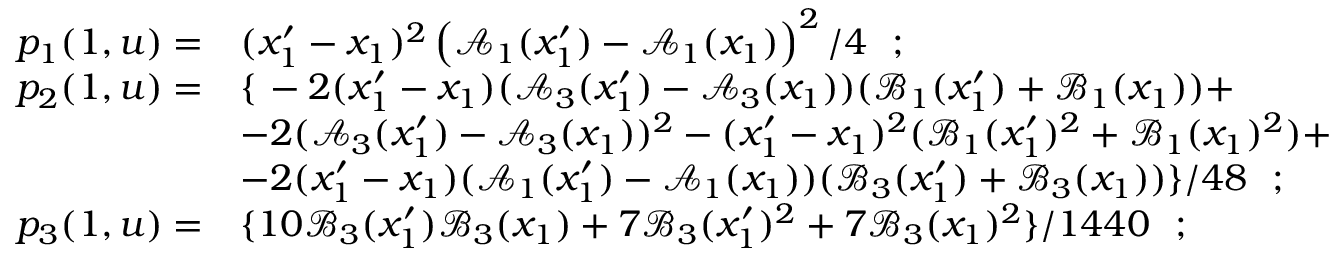
\begin{array} { r l } { p _ { 1 } ( 1 , \boldsymbol { u } ) = } & { ( x _ { 1 } ^ { \prime } - x _ { 1 } ) ^ { 2 } \left( \mathcal { A } _ { 1 } ( x _ { 1 } ^ { \prime } ) - \mathcal { A } _ { 1 } ( x _ { 1 } ) \right) ^ { 2 } / 4 \ \ ; } \\ { p _ { 2 } ( 1 , \boldsymbol { u } ) = } & { \left\{ \right. - 2 ( x _ { 1 } ^ { \prime } - x _ { 1 } ) ( \mathcal { A } _ { 3 } ( x _ { 1 } ^ { \prime } ) - \mathcal { A } _ { 3 } ( x _ { 1 } ) ) ( \mathcal { B } _ { 1 } ( x _ { 1 } ^ { \prime } ) + \mathcal { B } _ { 1 } ( x _ { 1 } ) ) + } \\ & { - 2 ( \mathcal { A } _ { 3 } ( x _ { 1 } ^ { \prime } ) - \mathcal { A } _ { 3 } ( x _ { 1 } ) ) ^ { 2 } - ( x _ { 1 } ^ { \prime } - x _ { 1 } ) ^ { 2 } ( \mathcal { B } _ { 1 } ( x _ { 1 } ^ { \prime } ) ^ { 2 } + \mathcal { B } _ { 1 } ( x _ { 1 } ) ^ { 2 } ) + } \\ & { - 2 ( x _ { 1 } ^ { \prime } - x _ { 1 } ) ( \mathcal { A } _ { 1 } ( x _ { 1 } ^ { \prime } ) - \mathcal { A } _ { 1 } ( x _ { 1 } ) ) ( \mathcal { B } _ { 3 } ( x _ { 1 } ^ { \prime } ) + \mathcal { B } _ { 3 } ( x _ { 1 } ) ) \} / 4 8 \ \ ; } \\ { p _ { 3 } ( 1 , \boldsymbol { u } ) = } & { \{ 1 0 \mathcal { B } _ { 3 } ( x _ { 1 } ^ { \prime } ) \mathcal { B } _ { 3 } ( x _ { 1 } ) + 7 \mathcal { B } _ { 3 } ( x _ { 1 } ^ { \prime } ) ^ { 2 } + 7 \mathcal { B } _ { 3 } ( x _ { 1 } ) ^ { 2 } \} / 1 4 4 0 \ \ ; } \end{array}